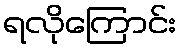
ရလိုကြောင်း